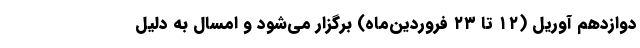
دوازدهم آوریل (۱۲ تا ۲۳ فروردین‌ماه) برگزار می‌شود و امسال به دلیل